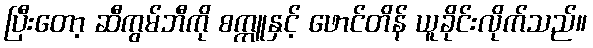
ပြီးတော့ ဆီကွမ်ဘီကို စက္ကူနှင့် ဖောင်တိန် ယူခိုင်းလိုက်သည်။